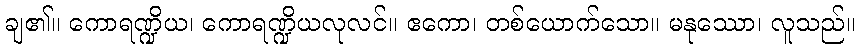
ချ၏။ ကောရဏ္ဍိယ၊ ကောရဏ္ဍိယလုလင်။ ဧကော၊ တစ်ယောက်သော။ မနုဿော၊ လူသည်။